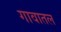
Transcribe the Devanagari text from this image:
गावातल